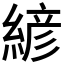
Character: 𰫮